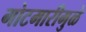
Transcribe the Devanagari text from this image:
गोटमारीमुळे